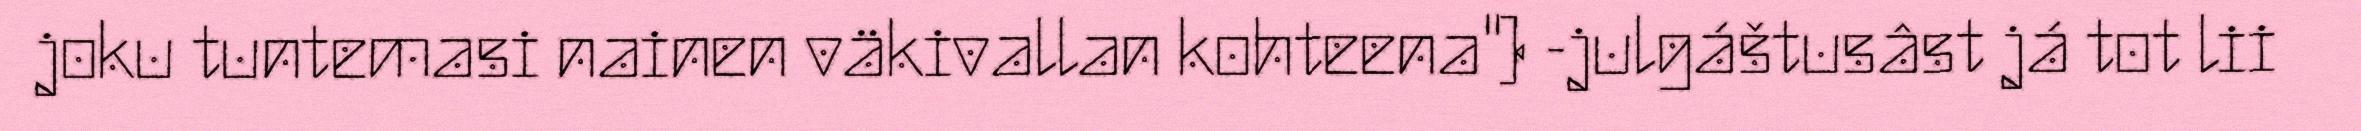
joku tuntemasi nainen väkivallan kohteena") -julgáštusâst já tot lii